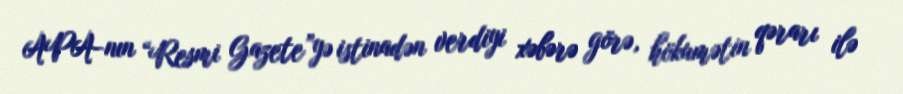
APA-nın “Resmi Gazete”yə istinadən verdiyi xəbərə görə, hökumətin qərarı ilə